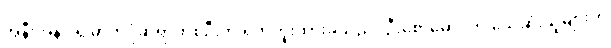
အနီးအနားရှိ ဓာတ်ပုံဆရာတစ်ဦးက ရိုက်ကူးထားခဲ့သည်။ ဦးစောမောင်က သေဆုံးသူများကို